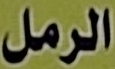
الرمل